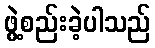
ဖွဲ့စည်းခဲ့ပါသည်